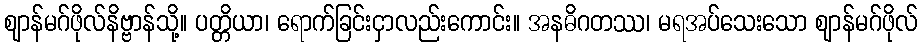
ဈာန်မဂ်ဖိုလ်နိဗ္ဗာန်သို့။ ပတ္တိယာ၊ ရောက်ခြင်းငှာလည်းကောင်း။ အနဓိဂတဿ၊ မရအပ်သေးသော ဈာန်မဂ်ဖိုလ်